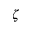
\zeta